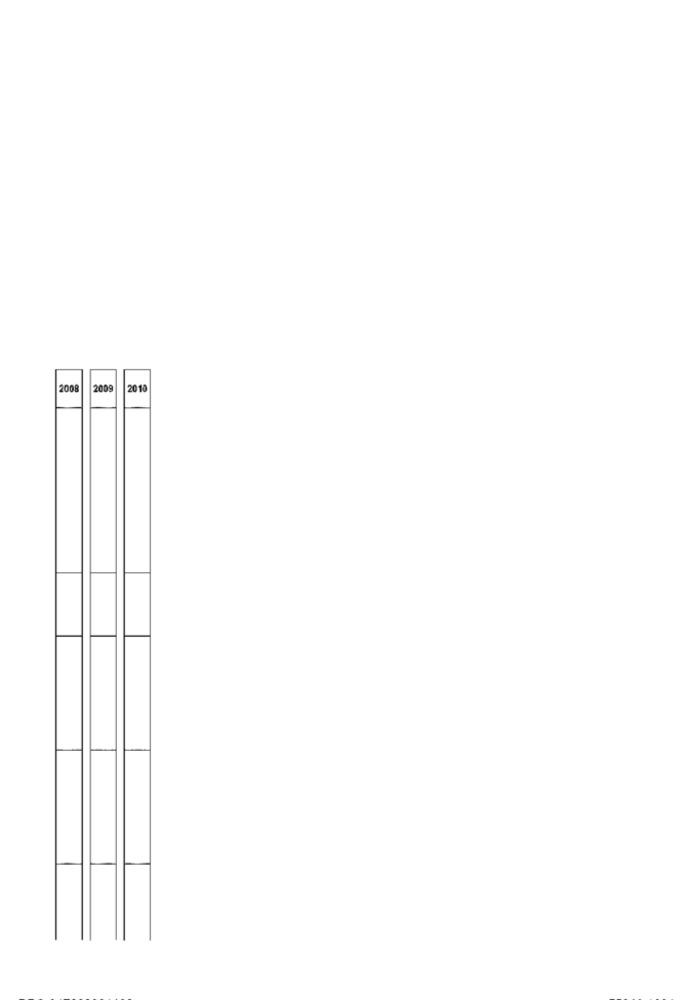
2008
2009
2010